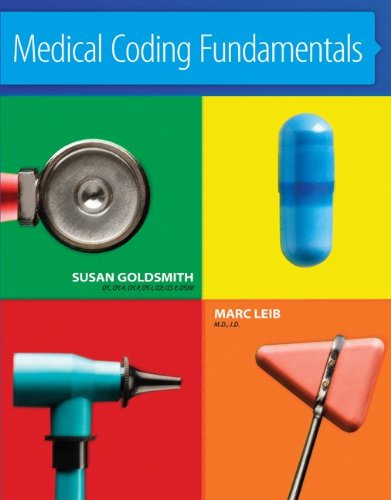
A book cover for Medical Coding Fundamentals; Susan Goldsmith; Medical Books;